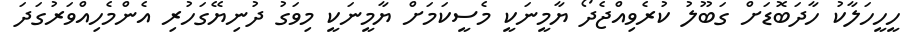
ހީހީހަލާކު ހާދަބޮޑަށް ގަބޫލު ކުރެވިއްޖެދޯ ޔާމީނަކީ މެސީކަމަށް ޔާމީނަކީ މިވަގު ދުނިޔޭގަހުރި އެންމެހިއްވަރުގަދަ